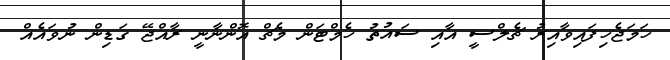
ހަމަޖެހިފައިވާއިރު ޗެލްސީ އާއި ސައުތު ހެމްޓަން މެޗް އޮންނާނީ ރާއްޖޭ ގަޑިން ނުވައެއް